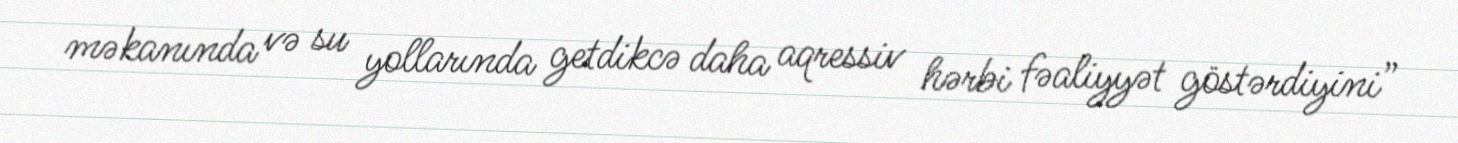
məkanında və su yollarında getdikcə daha aqressiv hərbi fəaliyyət göstərdiyini”